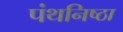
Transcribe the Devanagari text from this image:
पंथनिष्ठा